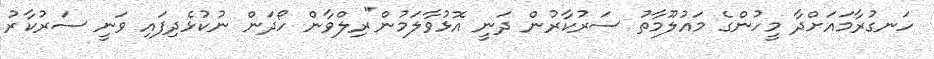
ހަނގުރާމައަށްދާ މީހުންގެ މައުލޫމާތު ސަރުކާރުން ދަނީ އޮޅުވާލަމުން"ރިލްވާން ހޯދަން ނުކުޅެދިފައި ވަނީ ސަރުކާރު